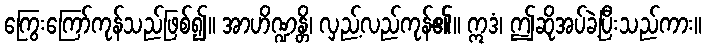
ကြွေးကြော်ကုန်သည်ဖြစ်၍။ အာဟိဏ္ဍန္တိ၊ လှည့်လည်ကုန်၏။ ဣဒံ၊ ဤဆိုအပ်ခဲ့ပြီးသည်ကား။